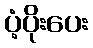
ပံ့ပိုးပေး